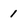
Character: 1